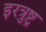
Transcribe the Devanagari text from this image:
इरत्रुष्ट्र